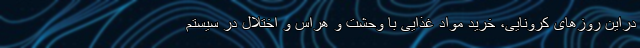
دراین روزهای کرونایی، خرید مواد غذایی با وحشت و هراس و اختلال در سیستم